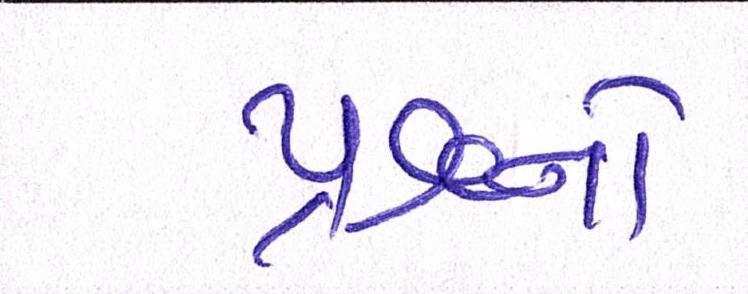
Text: પ્રશ્નનો